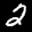
Label: 2